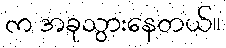
က အခုသွားနေတယ်။